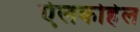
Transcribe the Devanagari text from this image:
ऐलकोहेल